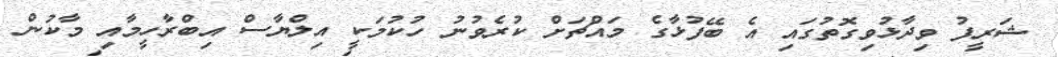
ޝަރީފު ވިދާޅުވިގޮތުގައި އެ ބޭފުޅާގެ މައްޗަށް ކުރެވުނު ހުކުމަކީ އިލްޔާސް އިބްރާހީމާއި މާކުން